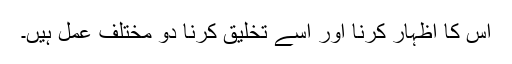
اس کا اظہار کرنا اور اسے تخلیق کرنا دو مختلف عمل ہیں۔